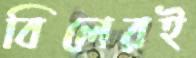
বিলেরই